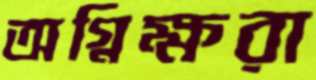
অগ্নিক্ষরা